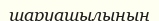
шаруашылының